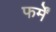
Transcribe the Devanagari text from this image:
फर्में